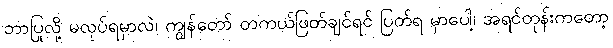
ဘာပြုလို့ မလုပ်ရမှာလဲ၊ ကျွန်တော် တကယ်ဖြတ်ချင်ရင် ပြတ်ရ မှာပေါ့၊ အရင်တုန်းကတော့